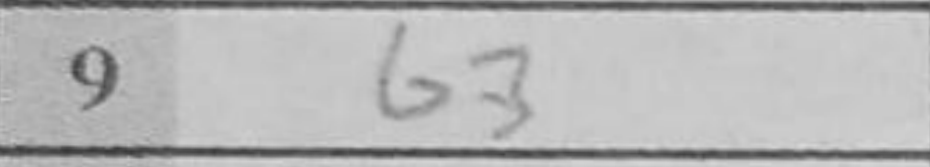
Transcription: b3